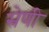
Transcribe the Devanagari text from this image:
स्रेणी